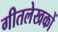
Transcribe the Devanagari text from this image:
गीतलेखकों